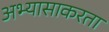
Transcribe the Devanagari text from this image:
अभ्यासाकरता